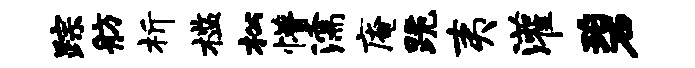
踪舫析槛松懵濡庵跪夷灌碧